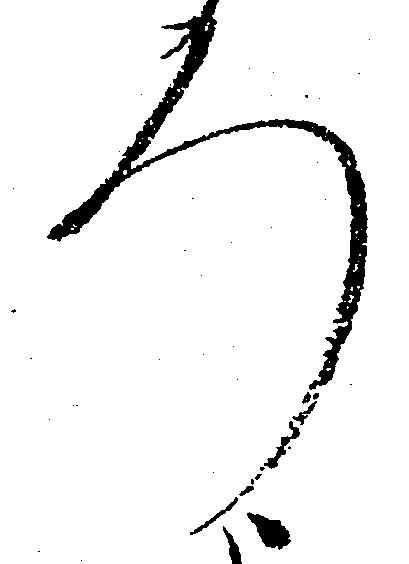
ろ